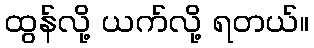
ထွန်လို့ ယက်လို့ ရတယ်။